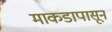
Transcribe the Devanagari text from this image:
माकडापासून